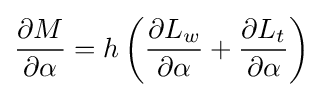
{\frac {\partial M}{\partial \alpha }}=h\left({\frac {\partial L_{w}}{\partial \alpha }}+{\frac {\partial L_{t}}{\partial \alpha }}\right)